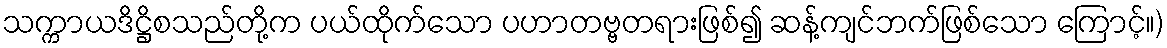
သက္ကာယဒိဋ္ဌိစသည်တို့က ပယ်ထိုက်သော ပဟာတဗ္ဗတရားဖြစ်၍ ဆန့်ကျင်ဘက်ဖြစ်သော ကြောင့်။)